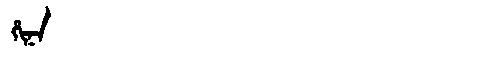
Manchu: ᡥᡳᠨᠠ
Romanization: HINA